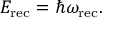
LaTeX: E _ { \mathrm { r e c } } = \hbar \omega _ { \mathrm { r e c } } .